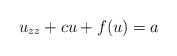
\begin{align*}u_{zz}+cu+f(u)=a\end{align*}